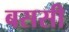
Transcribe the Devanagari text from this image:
बससी